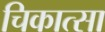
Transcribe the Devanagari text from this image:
चिकात्सा